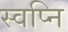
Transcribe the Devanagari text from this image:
स्वप्नि